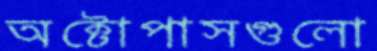
অক্টোপাসগুলো